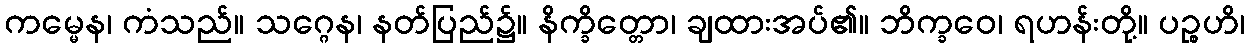
ကမ္မေန၊ ကံသည်။ သဂ္ဂေန၊ နတ်ပြည်၌။ နိက္ခိတ္တော၊ ချထားအပ်၏။ ဘိက္ခဝေ၊ ရဟန်းတို့။ ပဉ္စဟိ၊